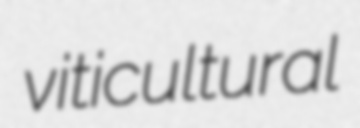
viticultural